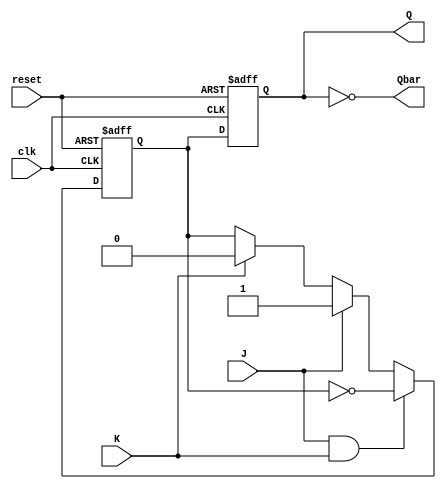
module jk_flip_flop (
    input clk,
    input reset,
    input J,
    input K,
    output reg Q,
    output reg Qbar
);

reg master_Q;
reg slave_Q;

always @(posedge clk or posedge reset) begin
    if (reset) begin
        master_Q <= 1'b0;
    end else begin
        if (J & K) begin
            master_Q <= !master_Q;
        end else if (J) begin
            master_Q <= 1'b1;
        end else if (K) begin
            master_Q <= 1'b0;
        end
    end
end

always @(posedge clk or posedge reset) begin
    if (reset) begin
        slave_Q <= 1'b0;
    end else begin
        slave_Q <= master_Q;
    end
end

assign Q = slave_Q;
assign Qbar = ~slave_Q;

endmodule